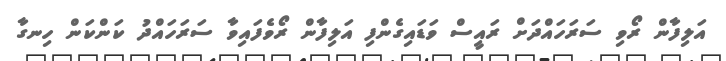
އަލިފާން ރޯވި ސަރަހައްދަށް ރައީސް ވަޑައިގެންފި އަލިފާން ރޯވެފައިވާ ސަރަހައްދު ކަންކަން ހިނގާ